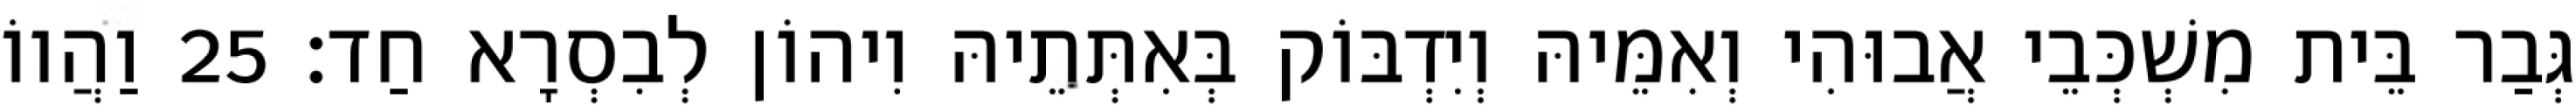
גְּבַר בֵּית מִשְׁכְּבֵי אֲבוּהִי וְאִמֵּיהּ וְיִדְבּוֹק בְּאִתְּתֵיהּ וִיהוֹן לְבִסְרָא חַד׃ 25 וַהֲווֹ